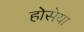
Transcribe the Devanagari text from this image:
होसेया